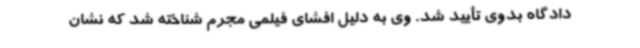
دادگاه بدوی تأیید شد. وی به دلیل افشای فیلمی مجرم شناخته شد که نشان